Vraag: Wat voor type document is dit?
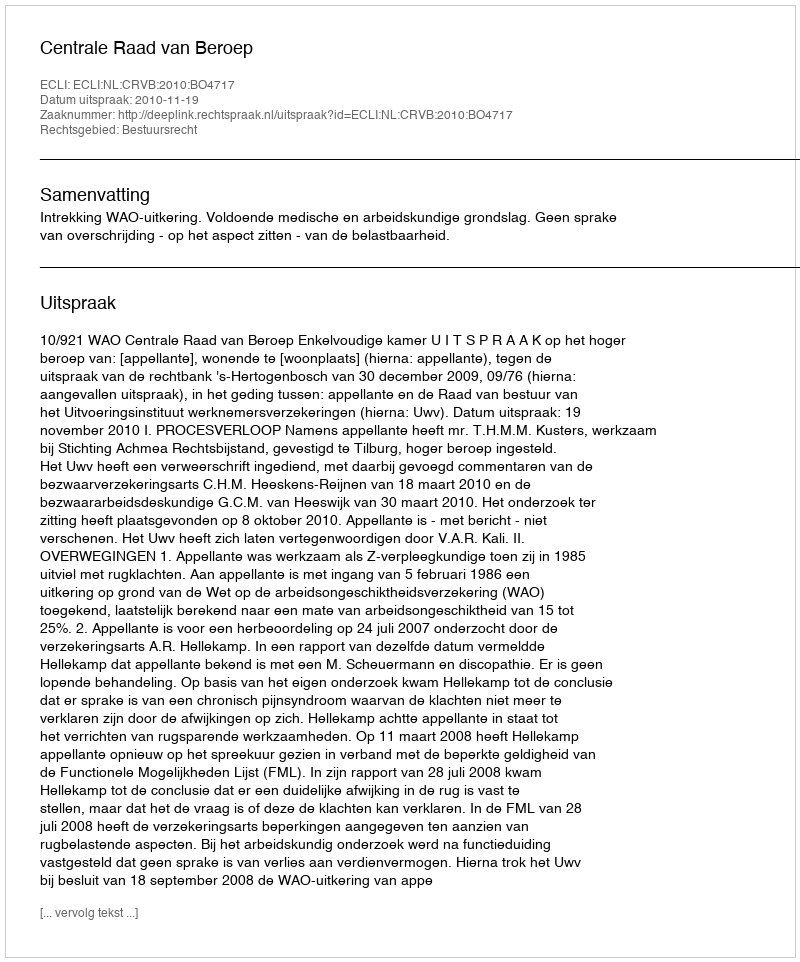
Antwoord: Uitspraak